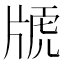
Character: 𤗕